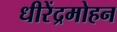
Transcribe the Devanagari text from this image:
धीरेंद्रमोहन